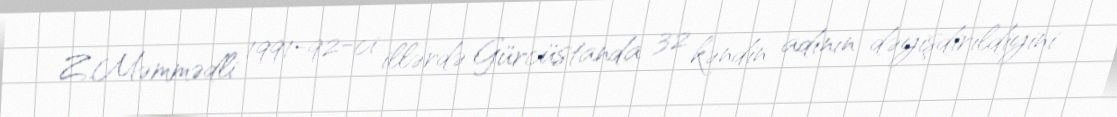
Z.Məmmədli 1991-92-ci illərdə Gürcüstanda 32 kəndin adının dəyişdirildiyini